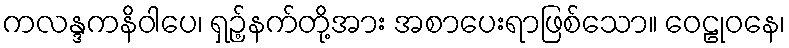
ကလန္ဒကနိဝါပေ၊ ရှဉ့်နက်တို့အား အစာပေးရာဖြစ်သော။ ဝေဠုဝနေ၊